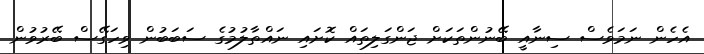
އެހެން ނަމަވެސް ސިނާއީ ބޭނުންތަކަށް ޖަންގަލިތައް ކޮށައި ނައްތާލުމުގެ ސަބަބުން ވިހަގޭސް ބޭރުވުން